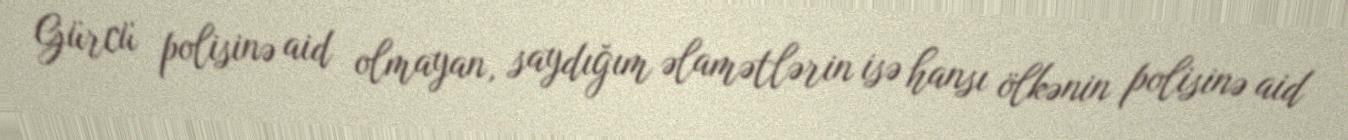
Gürcü polisinə aid olmayan, saydığım əlamətlərin isə hansı ölkənin polisinə aid